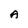
Character: A